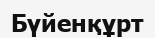
Бүйенқұрт